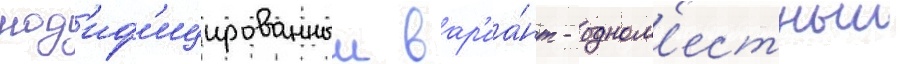
мод'иф'ицированныи вар'иа́нт - одном'естныи